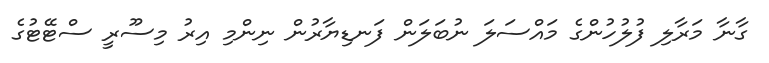
ގާނާ މަރާލި ފުލުހުންގެ މައްސަލަ ނުބަލަން ފަނޑިޔާރުން ނިންމި އިރު މިސޫރީ ސްޓޭޓުގެ